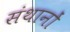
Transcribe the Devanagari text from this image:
संथानों